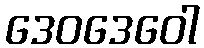
ဒေဝဒေဝေါ